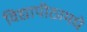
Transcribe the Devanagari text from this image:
विद्यापीठामधे